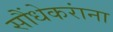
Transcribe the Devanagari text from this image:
सौंधेकरांना